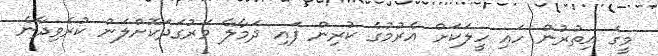
މީގެ އިތުރުން ހައި ހީލަކަށް އެރުމުގެ ކުރިން ފައި ދަމާލާ ވަރުގަދަކޮށްލަން ކުރެވިދާނެ